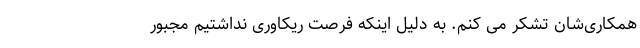
همکاری‌شان تشکر می‌ کنم. به دلیل اینکه فرصت ریکاوری نداشتیم مجبور